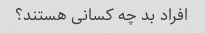
افراد بد چه کسانی هستند؟